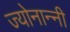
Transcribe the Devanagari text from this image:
ज्योनान्नी